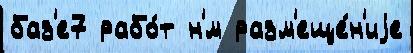
баз'е7 рабо́т н'́м разм'еще́н'иjе